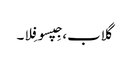
گلاب، جِپسو فِلا۔